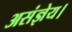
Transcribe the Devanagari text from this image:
असंज्ञेय।